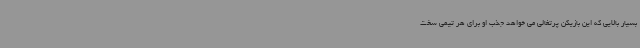
بسیار بالایی که این بازیکن پرتغالی می خواهد جذب او برای هر تیمی سخت